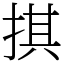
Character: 掑